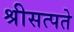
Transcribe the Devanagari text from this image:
श्रीसत्पते